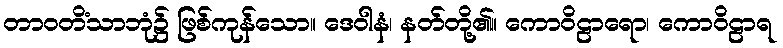
တာဝတိံသာဘုံ၌ ဖြစ်ကုန်သော။ ဒေဝါနံ၊ နတ်တို့၏။ ကောဝိဠာရော၊ ကောဝိဠာရ